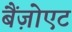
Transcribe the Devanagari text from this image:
बैंज़ोएट